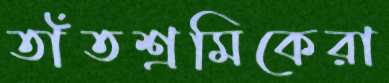
তাঁতশ্রমিকেরা